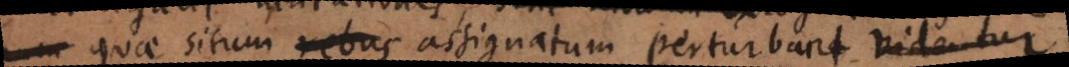
quae situm rebus assignatum perturbare videntur